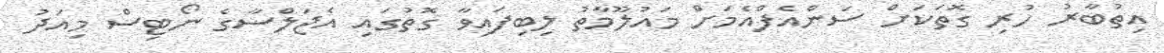
އިތުބާރު ހުރި ގޮތަކަށް ސަންއެފްއެމަށް މައުލޫމާތު ލިބިފައިވާ ގޮތުގައި އެޖަލްސާގެ ނޯޓިސް މިއަދު